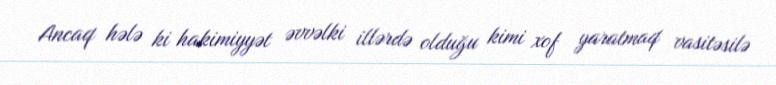
Ancaq hələ ki hakimiyyət əvvəlki illərdə olduğu kimi xof yaratmaq vasitəsilə